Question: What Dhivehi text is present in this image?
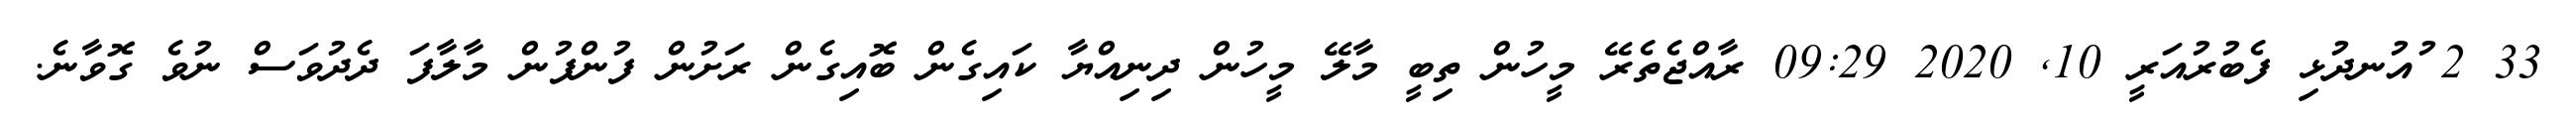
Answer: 33 2 ުއުނދުޅި ފެބުރުއަރީ 10, 2020 09:29 ރާއްޖެތެރޭ މީހުން ތިބީ މާލޭ މީހުން ދިނިއްޔާ ކައިގެން ބޮއިގެން ރަށުން ފުންފުން މާލާފަ ދެދުވަސް ނުވެ ގޮވާނެ.